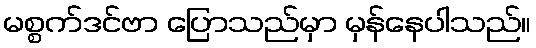
မစ္စက်ဒင်ဗာ ပြောသည်မှာ မှန်နေပါသည်။